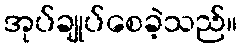
အုပ်ချုပ်စေခဲ့သည်။